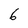
Character: 6